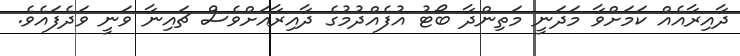
ދާއިރާއެއް ކަމަށްވާ މަދަނީ މަތިންދާ ބޯޓު އުފެއްދުމުގެ ދާއިރާއަށްވެސް ޗައިނާ ވަނީ ވަދެފައެވެ.